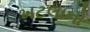
ખટલાનો